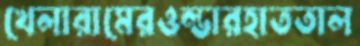
খেলারামেরওল্ডারহাততাল